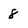
Character: 8